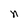
Character: n